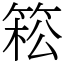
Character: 𥯆